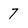
Character: 7